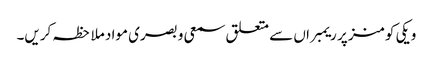
ویکی کومنز پر ریمبراں سے متعلق سمعی و بصری مواد ملاحظہ کریں۔